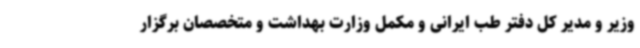
وزیر و مدیر کل دفتر طب ایرانی و مکمل وزارت بهداشت و متخصصان برگزار